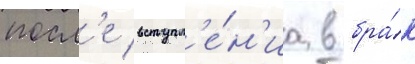
посл'е вступл'е́н'иа в бра́к